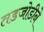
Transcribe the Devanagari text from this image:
तडजोडीने